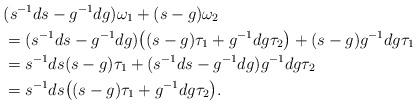
LaTeX: \begin{align*} &(s^{-1}ds-g^{-1}dg)\omega_1+(s-g)\omega_2\\ &= (s^{-1}ds-g^{-1}dg)\big{(}(s-g)\tau_1+g^{-1}dg\tau_2\big{)} +(s-g)g^{-1}dg\tau_1\\ &=s^{-1}ds(s-g)\tau_1+{(}s^{-1}ds-g^{-1}dg{)}g^{-1}dg\tau_2\\ &=s^{-1}ds\big{(}(s-g)\tau_1+g^{-1}dg\tau_2\big{)}. \end{align*}